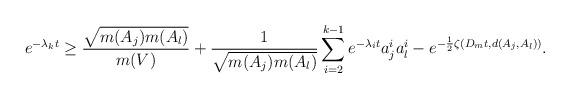
LaTeX: \begin{align*}e^{-\lambda_k t}\geq \frac{\sqrt{m(A_j)m(A_l)}}{m(V)}+\frac{1}{\sqrt{m(A_j) m(A_l)}}\sum_{i=2}^{k-1}e^{-\lambda_i t}a^i_ja^i_l-e^{-\frac12 \zeta(D_m t, d(A_j,A_l))}.\end{align*}